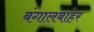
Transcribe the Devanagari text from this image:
बंगालबाहेर